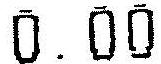
0.00